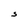
Character: S